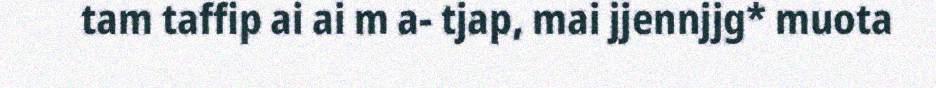
tam taffip ai ai m a- tjap, mai jjennjjg* muota